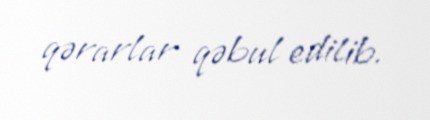
qərarlar qəbul edilib.